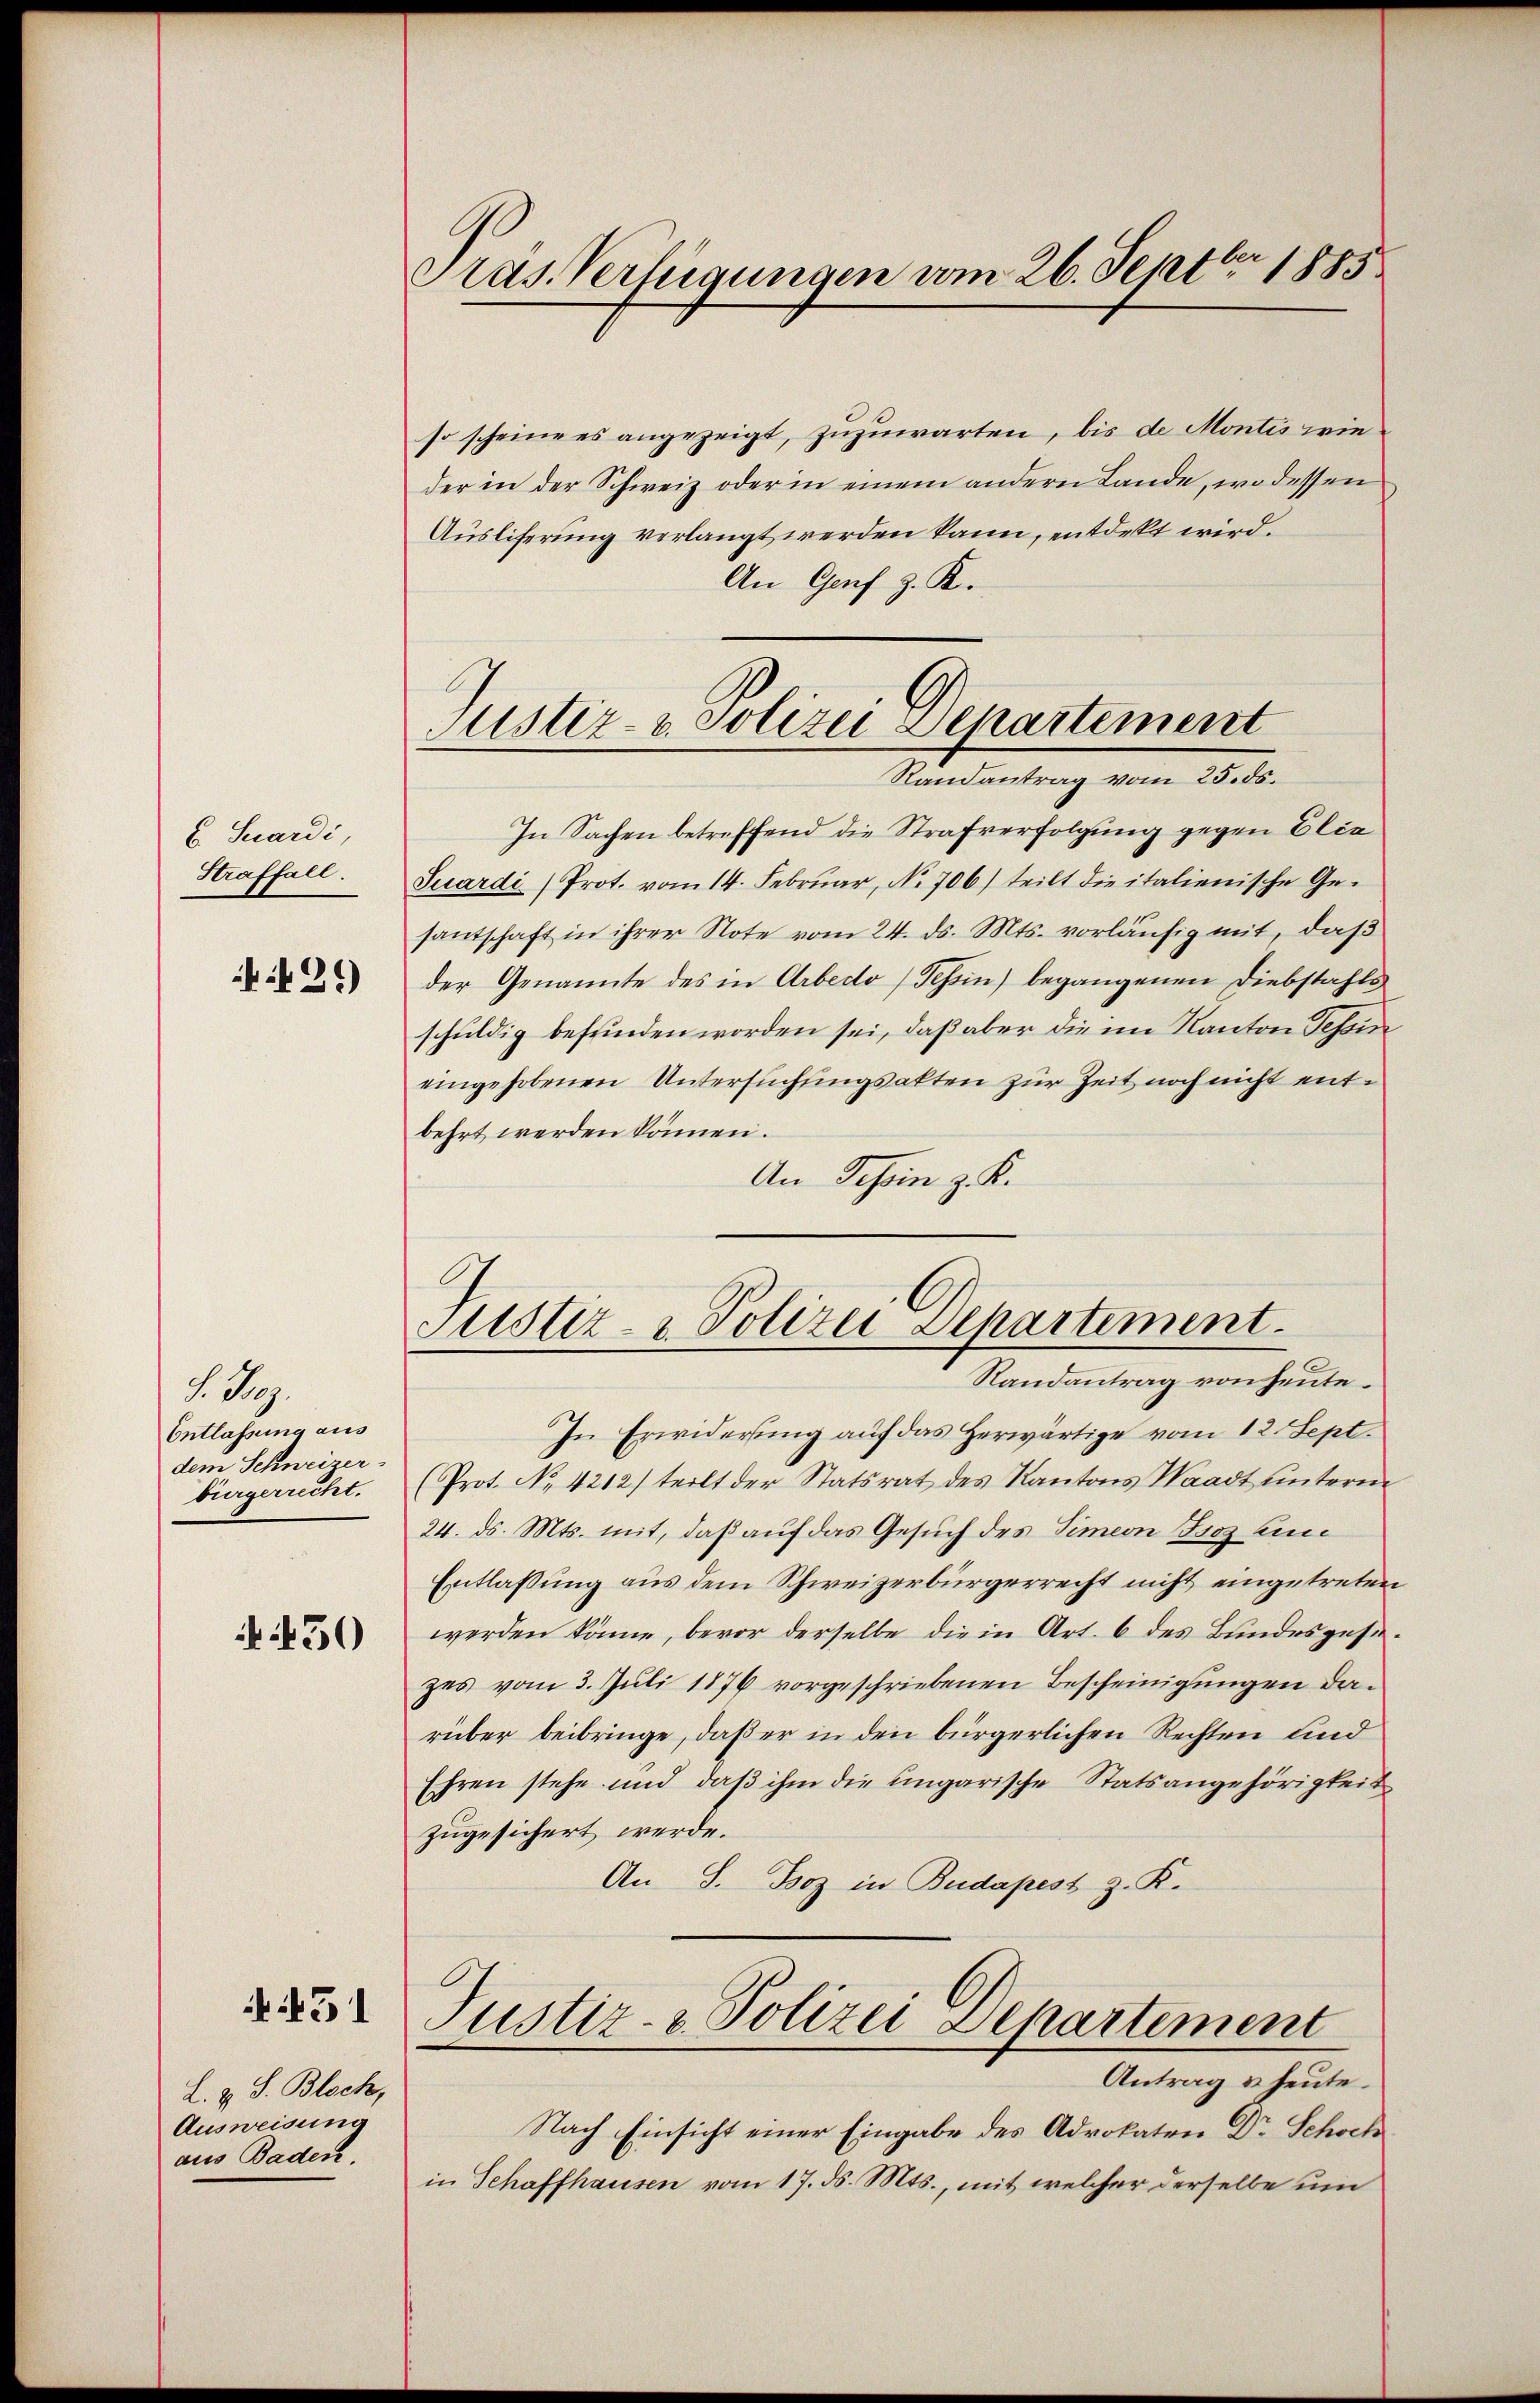
b. Suardi,
Straffall.

26)

S. Nr.
Entlassung aus
dem Schweizer
bürgerrecht.

50

451

L. z. S. Bloch,
Ausweisung
aus Baden.

Pras. Verfügungen vom 26. Septbr 1885

so scheine es angezeigt, zuzuwarten, bis de Montis wieder in der Schweiz oder in einem andern Lande, wodessen
Auslieferung verlangt werden kann, entdekt wird.
An Genf z. K.
In Sachen betreffend die Strafverfolgung gegen Elie
Suardi (Prot. vom 14. Februar, No 706) teilt die italienische Gesantschaft in ihrer Note vom 24. ds. Mts. vorläufig mit, daß
der Genannte des in Arbedo (Tessin) begangenen Diebstahls
schuldig befunden worden sei, daß aber die im Kanton Tessin
eingehobenen Untersŭchŭngsakten zur Zeit noch nicht entbehrt werden können.
An Tessin z. K.

Justiz- u. Polizei Departement
Randantrag vom 25. ds.

Justiz- & Polizei Departement
Randantrag von heute.

In Erwiderung auf das herwärtige vom 12. Sept.
Prot. No 4212) teilt der Statsrat des Kantons Waadt unterm
24. ds. Mts. mit, daß auf das Gesuch des Simeon Isoz zu
Entlaßung aus dem Schweizerbürgerrecht nicht eingetreten
werden könne, bevor derselbe die in Art. 6 des Bundesgesezes vom 3. Juli 1876 vorgeschriebenen Bescheinigungen darüber beibringe, daß er in den bürgerlichen Rechten und
Ehren stehe und daß ihm die ungarische Statsangehörigkeit
zugesichert werde.
An S. Boz in Budapest z. K.
Justiz- & Polizei Departement
Antrag u. heute.
Nach Einsicht einer Eingabe des Advokaten Dr Schoch
in Schaffhausen vom 17. ds. Mts., mit welcher derselbe um